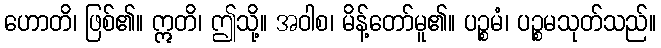
ဟောတိ၊ ဖြစ်၏။ ဣတိ၊ ဤသို့။ အဝါစ၊ မိန့်တော်မူ၏။ ပဉ္စမံ၊ ပဉ္စမသုတ်သည်။